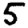
Digit: 5